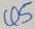
Text: Q5